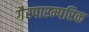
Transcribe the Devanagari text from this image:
गैरपारम्परिक